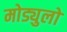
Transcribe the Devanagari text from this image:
मोड्युलो